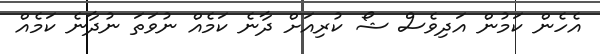
އެހެން ކަމުން އަދިވެސް ޝޯ ކުރިއަށް ދާނެ ކަމެއް ނުވަތަ ނުދާނެ ކަމެއް